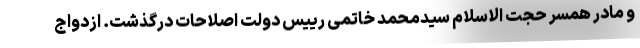
و مادر همسر حجت الاسلام سیدمحمد خاتمی رییس دولت اصلاحات درگذشت. ازدواج